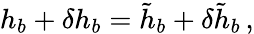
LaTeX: h_{b}+\delta h_{b}=\tilde{h}_{b}+\delta\tilde{h}_{b}\, ,